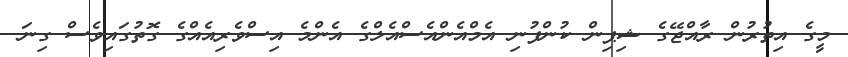
މީގެ އިތުރުން ރާއްޖޭގެ ޝިޕިން ކުންފުނި އެމްއެންއެސްއެލްގެ އެންމެ އިސްވެރިއެއްގެ ގޮތުގައިވެސް ގިނަ